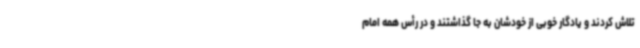
تلاش کردند و یادگار خوبی از خودشان به جا گذاشتند و در رأس همه امام